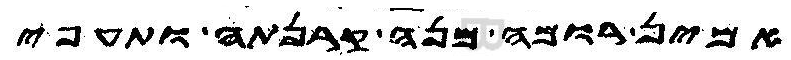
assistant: אמין רומה מנה קרנתה ותעפי